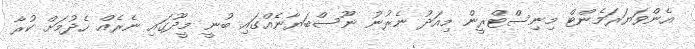
އެންވަޔަރަމެންޓް މިނިސްޓްރީން މިއަދު ނެރުނު ނޫސްބަޔާނެއްގައި ބުނީ މީދޫގައި ނެރެއް ހެދުމަށް ކުރާ